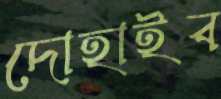
দোহাইব